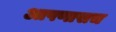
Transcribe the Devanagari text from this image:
आपणासच